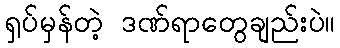
ရှပ်မှန်တဲ့ ဒဏ်ရာတွေချည်းပဲ။